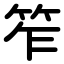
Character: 笮